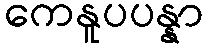
ကေနူပပန္နာ